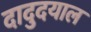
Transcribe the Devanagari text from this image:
दादुदयाल